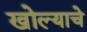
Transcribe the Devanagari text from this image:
खोल्याचे